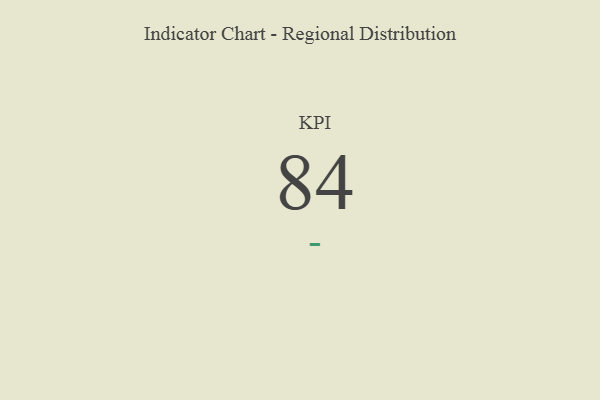
{"axis": {"x": "KPI", "y": "Value"}, "legend": [""], "data": [{"x": "KPI", "y": 84, "type": ""}]}